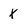
Character: X